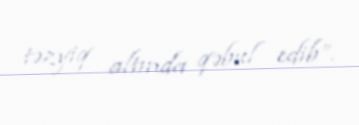
təzyiq altında qəbul edib”.